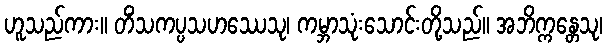
ဟူသည်ကား။ တိံသကပ္ပသဟဿေသု၊ ကမ္ဘာသုံးသောင်းတို့သည်။ အဘိက္ကန္တေသု၊